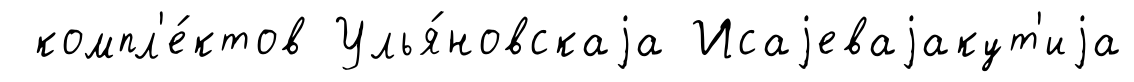
компл'е́ктов Улья́новскаjа Исаjеваjакут'иjа